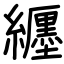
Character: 纒